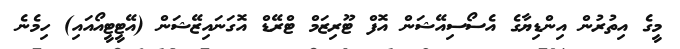
މީގެ އިތުރުން އިންޑިޔާގެ އެސޯސިއޭޝަން އޮފް ޓޫރިޒަމް ޓްރޭޑް އޮގަނައިޒޭޝަން (އޭޓީޓީއޯއައި) ހިމެނެ